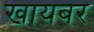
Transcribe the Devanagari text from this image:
खायबर